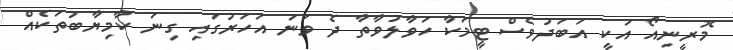
މޮރީނިއޯ އަކީ އަބަދުވެސް ޓީމަކާ ހަވާލުވާތާ ދެ ވަނަ އަހަރުގައި ގިނަ ކާމިޔާބުތަކެއް